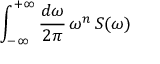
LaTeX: \int _ { - \infty } ^ { + \infty } \frac { d \omega } { 2 \pi } \, \omega ^ { n } \, S ( \omega )